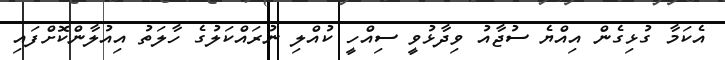
އެކަމާ ގުޅިގެން އިއްޔެ ސުޖާއު ވިދާޅުވީ ސިއްހީ ކުއްލި ނުރައްކަލުގެ ހާލަތު އިއުލާންކޮށްފައި